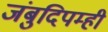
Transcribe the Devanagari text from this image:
जंबुदिपम्ही